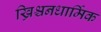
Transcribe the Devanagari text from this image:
ख्रिश्चनधार्मिक